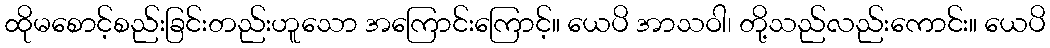
ထိုမစောင့်စည်းခြင်းတည်းဟူသော အကြောင်းကြောင့်။ ယေပိ အာသဝါ၊ တို့သည်လည်းကောင်း။ ယေပိ